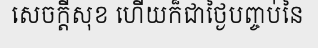
សេចក្តីសុខ ហើយក៏ជាថ្ងៃបញ្ចប់នៃ